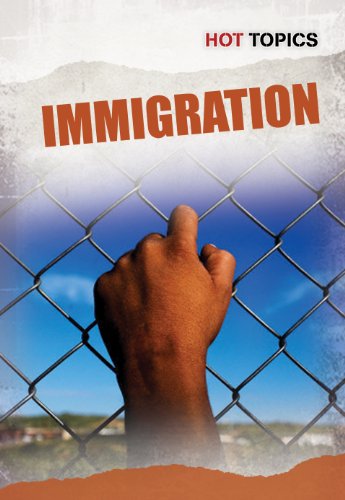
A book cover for Immigration (Hot Topics); Nick Hunter; Children's Books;